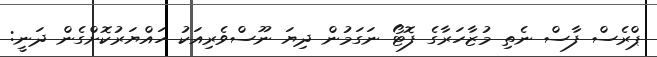
ޕްރެސް ފާސް ނެތި މުޒާހަރާގެ ފޮޓޯ ނަގަމުން ދިޔަ ނޫސްވެރިއަކު ހައްޔަރުކޮށްގެން ދަނީ: